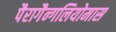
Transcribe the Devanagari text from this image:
पैरागैन्गलियोमास